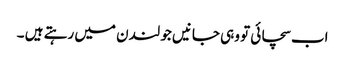
اب سچائی تو وہی جانیں جو لندن میں رہتے ہیں ۔